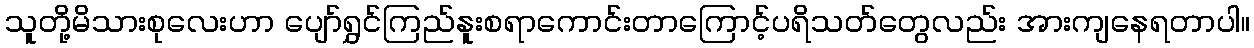
သူတို့မိသားစုလေးဟာ ပျော်ရွှင်ကြည်နူးစရာကောင်းတာကြောင့်ပရိသတ်တွေလည်း အားကျနေရတာပါ။